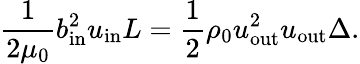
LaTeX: \frac{1}{2\mu_{0}}b_{\mathrm{{in}}}^{2}u_{\mathrm{{in}}}L=\frac{1}{2}\rho_{0}u_{\mathrm{{out}}}^{2}u_{\mathrm{{out}}}\Delta.